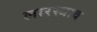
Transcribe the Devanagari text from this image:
लारस्त्राव